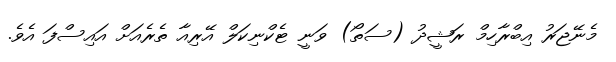
މެނޭޖަރު އިބްރާހިމް ރަޝީދު (ސަތޯ) ވަނީ ޓެކްނިކަލް އޭރިއާ ތެރެއަށް އައިސްފަ އެވެ.